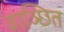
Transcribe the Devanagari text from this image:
वाञ्छित